Annual report on the working of the lock hospitals in the Central Provinces
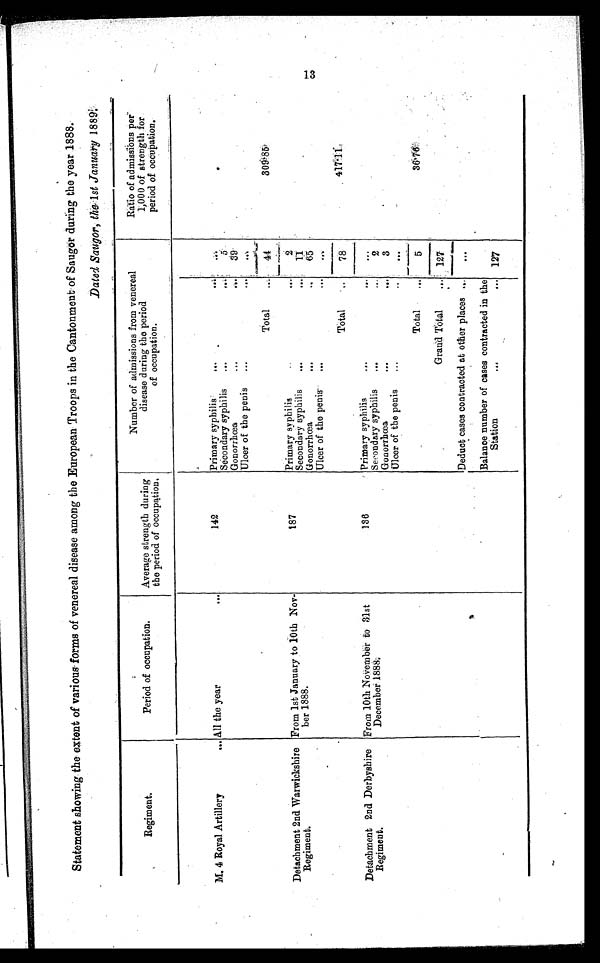
Statement showing the extent of various. forms of venereal disease among the European Troops in the Cantonment of Saugor during the year 1888.
Dated Savor, the, 1st January 1889:
Regiment.
Period of occupation.
Average strength during
the period of occupation,
Number of admissions from venereal
disease during the period
of occupation.
Ratio of admissions per
1,000 of strength for
period of occupation.
M. 4 Royal Artillery
... All the year
...
142
Primary syphilis-
. . .
Secondary syphilis
...
5
Gonorrhœa
...
...
39
.
Ulcer of the penis
...
...
. . .
Total
. . . 44
309.85
Detachment 2nd Warwickshire
Regiment.
From 1st January to 10th Nov-
0ber 1888.
187
Primary syphilis
. ...
1
2
Secondary syphilis
...
...
11
Gonorrhœa
....
...
6 5
Ulcer of the penis. ...
.. .
. . .
Total
78
4 1 7 . 1 1
Detachment 2nd Derbyshire
Regiment.
From 10th November to 31st
December 1888;
136 Primary syphilis
...
. . .
Seondary syphilis
...
2
Gonorrhœa
...
...
3
. . .
Ulcer of the penis
...
. . .
Total
. . .
5
3 6 . 7 6
Grand Total
. . . 127
Deduct cases contracted at other places ..,
...
-
Balance number of cases contracted in the
Station Station... 127